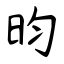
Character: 昀